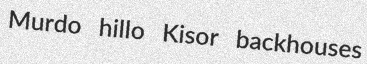
Murdo hillo Kisor backhouses